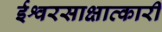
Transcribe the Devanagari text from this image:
ईश्वरसाक्षात्कारी